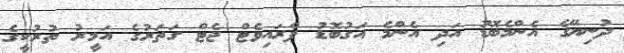
ދުނިޔޭގެ އެންމެބޮޑު އަދި އެންމެ އަގުބޮޑު ޕްރައިވެޓް ޖެޓް ގަތަރުގެ އަމީރު ތުރުކީގެ